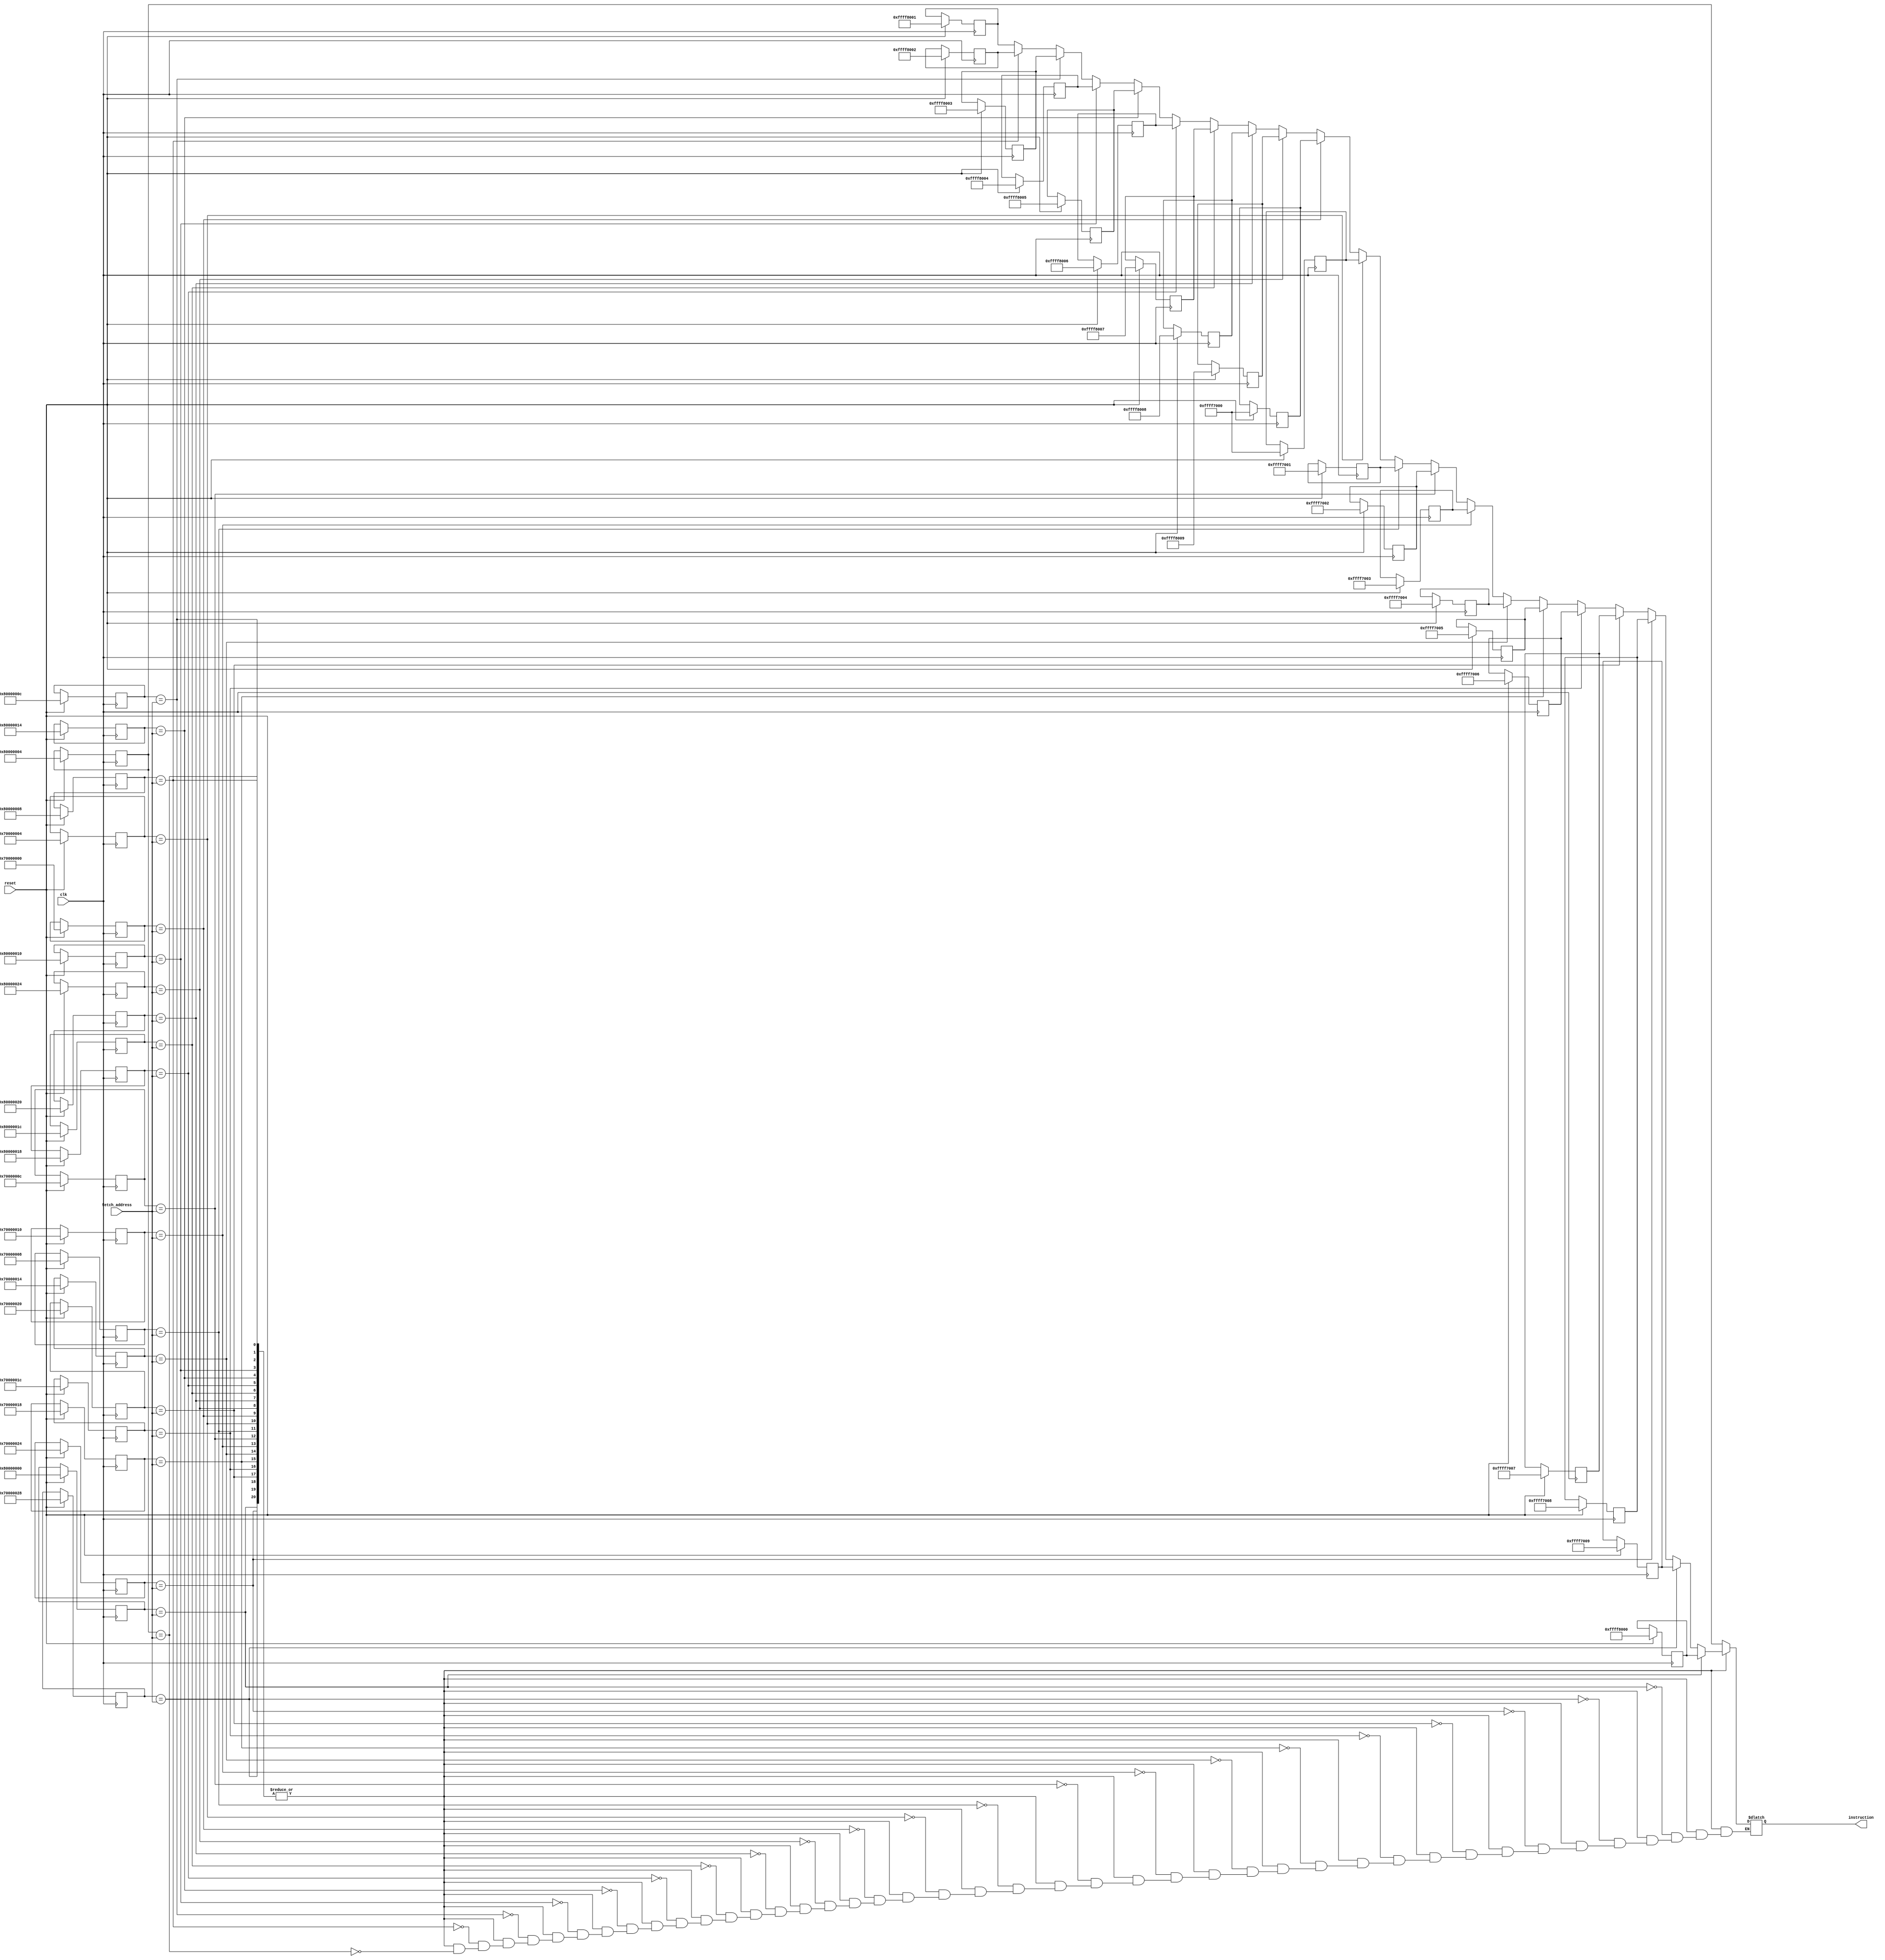
module fake_icache (  
    input clk,
    input reset,
    input [31:0] fetch_address,
    output reg [31:0] instruction
);
reg [31:0] pc_address [0:20];
reg [31:0] instruction_store [0:20];

always @(posedge clk) begin
    if (reset) begin
        pc_address[0] <= 32'h8000_0004;
        pc_address[1] <= 32'h8000_0008;
        pc_address[2] <= 32'h8000_000c;
        pc_address[3] <= 32'h8000_0010;
        pc_address[4] <= 32'h8000_0014;
        pc_address[5] <= 32'h8000_0018;
        pc_address[6] <= 32'h8000_001c;
        pc_address[7] <= 32'h8000_0020;
        pc_address[8] <= 32'h8000_0024;
        pc_address[9] <= 32'h7000_0000;
        pc_address[10] <= 32'h7000_0004;
        pc_address[11] <= 32'h7000_0008;
        pc_address[12] <= 32'h7000_000c;
        pc_address[13] <= 32'h7000_0010;
        pc_address[14] <= 32'h7000_0014;
        pc_address[15] <= 32'h7000_0018;
        pc_address[16] <= 32'h7000_001c;
        pc_address[17] <= 32'h7000_0020;
        pc_address[18] <= 32'h7000_0024;
        pc_address[19] <= 32'h7000_0028;
        pc_address[20] <= 32'h8000_0000;
        instruction_store[0] <= 32'hffff8001;
        instruction_store[1] <= 32'hffff8002;
        instruction_store[2] <= 32'hffff8003;
        instruction_store[3] <= 32'hffff8004;
        instruction_store[4] <= 32'hffff8005;
        instruction_store[5] <= 32'hffff8006;
        instruction_store[6] <= 32'hffff8007;
        instruction_store[7] <= 32'hffff8008;
        instruction_store[8] <= 32'hffff8009;
        instruction_store[9] <= 32'hffff7000;
        instruction_store[10] <= 32'hffff7000;
        instruction_store[11] <= 32'hffff7001;
        instruction_store[12] <= 32'hffff7002;
        instruction_store[13] <= 32'hffff7003;
        instruction_store[14] <= 32'hffff7004;
        instruction_store[15] <= 32'hffff7005;
        instruction_store[16] <= 32'hffff7006;
        instruction_store[17] <= 32'hffff7007;
        instruction_store[18] <= 32'hffff7008;
        instruction_store[19] <= 32'hffff7009;
        instruction_store[20] <= 32'hffff8000;
    end
end
wire [20:0] fetch_hit;
generate
    genvar j;
    for(j = 0; j < 21; j = j + 1) begin
        assign fetch_hit[j] = pc_address[j] == fetch_address;
    end
endgenerate
wire token;
assign token = (|fetch_hit);
integer i;
always @(*) begin
    if(token) begin
        for (i=0; i < 21; i=i+1) begin
            if(fetch_hit[i]) begin
                instruction = instruction_store[i];
            end 
        end 
    end else begin
        instruction = pc_address[0];
    end
end

endmodule